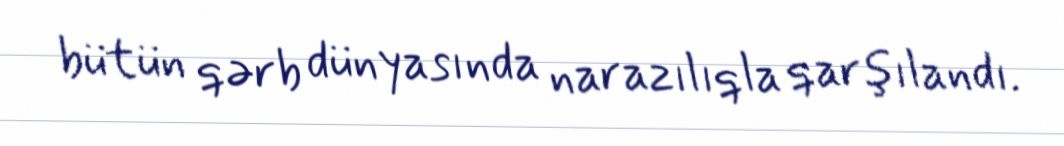
bütün qərb dünyasında narazılıqla qarşılandı.